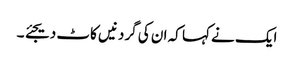
ایک نے کہا کہ ان کی گردنیں کاٹ دیجئے ۔